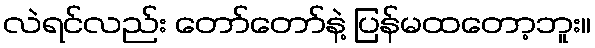
လဲရင်လည်း တော်တော်နဲ့ ပြန်မထတော့ဘူး။